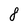
Character: 8